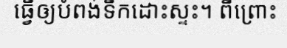
ធ្វើឲ្យបំពង់ទឹកដោះស្ទះ។ ពីព្រោះ